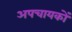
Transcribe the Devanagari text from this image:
अपचायकों